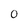
Character: O